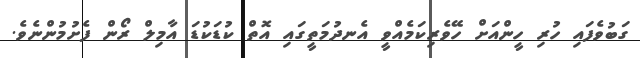
ގަބުވެފައި ހުރި ހީންއަށް ހޭވެރިކަމެއްވީ އެނދުމަތީގައި އޮތް ކުޑަކުޑަ އާމިލް ރޯން ފެށުމުންނެވެ.